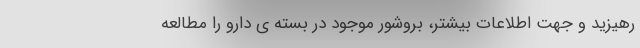
رهیزید و جهت اطلاعات بیشتر، بروشور موجود در بسته ی دارو را مطالعه